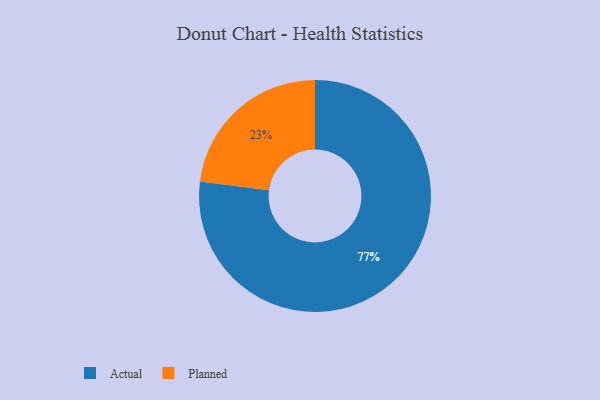
{"axis": {"x": "Category", "y": "Percentage"}, "legend": ["Actual", "Planned"], "data": [{"x": "Planned", "y": 23, "type": "Planned"}, {"x": "Actual", "y": 77, "type": "Actual"}]}